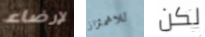
لإرضاء للاشمئزاز لكن